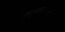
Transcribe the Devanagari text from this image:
लघुमानववादी